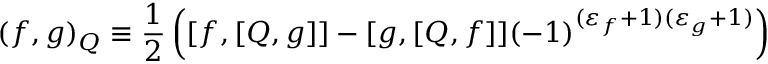
( f , g ) _ { Q } \equiv \frac { 1 } { 2 } \left( [ f , [ Q , g ] ] - [ g , [ Q , f ] ] ( - 1 ) ^ { ( \varepsilon _ { f } + 1 ) ( \varepsilon _ { g } + 1 ) } \right)